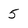
Character: 5